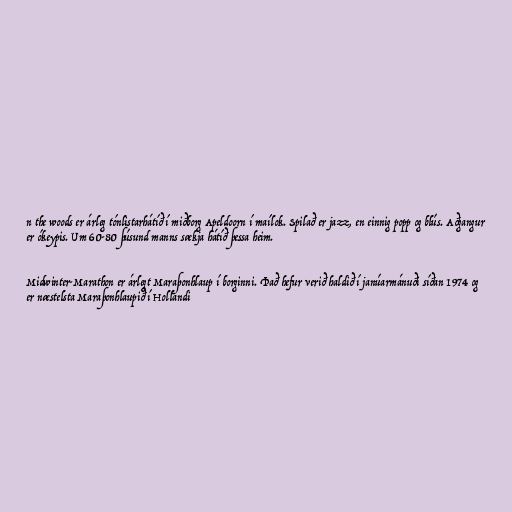
n the woods er árleg tónlistarhátíð í miðborg Apeldoorn í maílok. Spilað er jazz, en einnig popp og blús. Aðgangur
er ókeypis. Um 60-80 þúsund manns sækja hátíð þessa heim.

Midwinter-Marathon er árlegt Maraþonhlaup í borginni. Það hefur verið haldið í janúarmánuði síðan 1974 og
er næstelsta Maraþonhlaupið í Hollandi